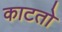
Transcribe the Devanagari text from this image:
काटतो